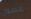
فصول